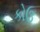
કોઉ